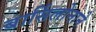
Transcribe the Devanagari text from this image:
बार्सिलोनाने